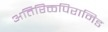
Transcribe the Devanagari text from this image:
अतिरिक्तपिरामिड